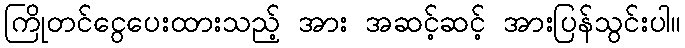
ကြိုတင်ငွေပေးထားသည့် အား အဆင့်ဆင့် အားပြန်သွင်းပါ။